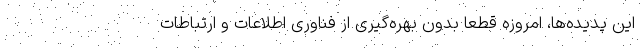
این پدیده‌ها، امروزه قطعا بدون بهره‌گیری از فناوری اطلاعات و ارتباطات